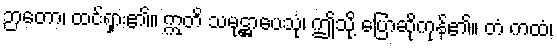
ဉာတော၊ ထင်ရှား၏။ ဣတိ သမုဋ္ဌာပေသုံ၊ ဤသို့ ပြောဆိုကုန်၏။ တံ ကထံ၊